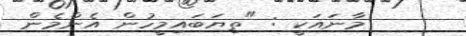
މާނައަކީ : "ތިޔަބައިމީހުން އެންމެން